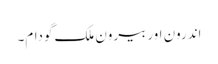
اندرون اور بیرون ملک گودام۔